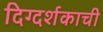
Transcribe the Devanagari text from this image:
दिग्दर्शकाची